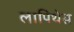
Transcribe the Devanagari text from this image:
लापिथेस